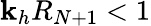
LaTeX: \mathbf{k}_{h}R_{N+1}<1